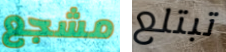
مشجع تبتلع